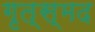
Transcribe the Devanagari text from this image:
गृत्स्मद